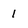
Character: 1